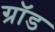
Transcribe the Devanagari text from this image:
ग्रॉड